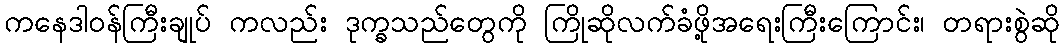
ကနေဒါဝန်ကြီးချုပ် ကလည်း ဒုက္ခသည်တွေကို ကြိုဆိုလက်ခံဖို့အရေးကြီးကြောင်း၊ တရားစွဲဆို